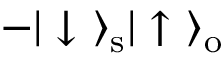
- | \downarrow \ \rangle _ { \mathrm { s } } | \uparrow \ \rangle _ { \mathrm { o } }